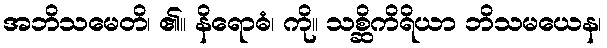
အဘိသမေတိ၊ ၏။ နိရောဓံ၊ ကို။ သစ္ဆိကိရိယာ ဘိသမယေန၊